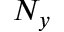
N _ { y }